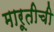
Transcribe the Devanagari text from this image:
मारूतीची